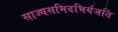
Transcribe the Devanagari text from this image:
साज्यसमिदभिर्यजति